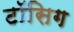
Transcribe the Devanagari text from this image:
टॉसिग